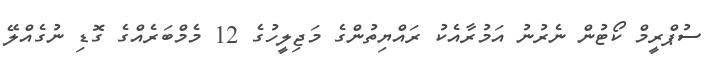
ސުޕްރީމް ކޯޓުން ނެރުނު އަމުރާއެކު ރައްޔިތުންގެ މަޖިލީހުގެ 12 މެމްބަރެއްގެ ގޮޑި ނުގެއްލޭ